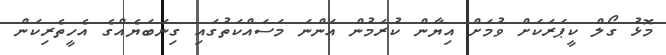
މޮޅު ގޯލް ކީޕަރަކަށް ވުމަށް އިޔާން ކުރަމުން އަންނަ މަސައްކަތުގައި ގިނަބަޔެއްގެ އެހީތެރިކަން